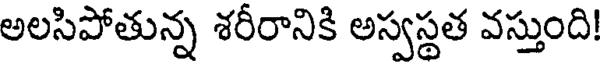
అలసిపోతున్న శరీరానికి అస్వస్థత వస్తుంది